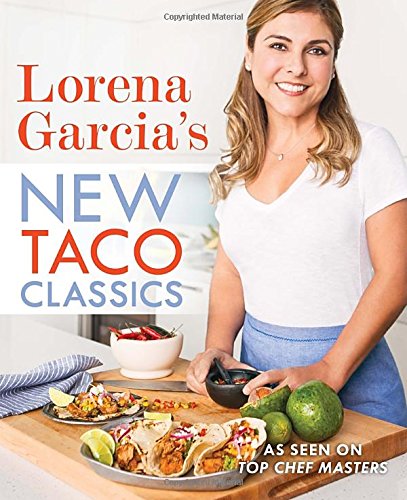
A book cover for Lorena Garcia's New Taco Classics; Lorena Garcia; Cookbooks, Food & Wine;